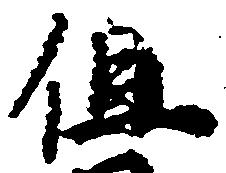
但